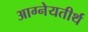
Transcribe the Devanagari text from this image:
आग्नेयतीर्थ